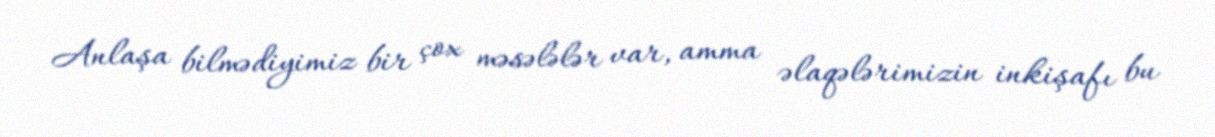
Anlaşa bilmədiyimiz bir çox məsələlər var, amma əlaqələrimizin inkişafı bu